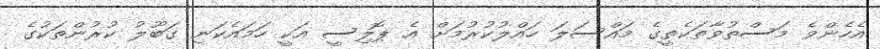
އެހެންވެ މަސްތުވާތަކެތީގެ މައްސަލަ ހައްލުކުރުމަށް އެ ޕޮލިސީ އަކީ ހަމައެކަނި ގަބޫލު ކުރުންތަކުގެ